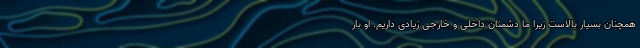
همچنان بسیار بالاست زیرا ما دشمنان داخلی و خارجی زیادی داریم. او بار